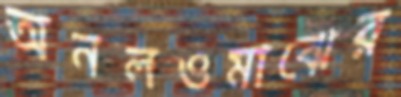
অনলওমাঝের